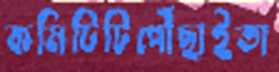
কমিটিটিপৌঁছাইতা